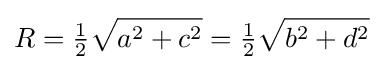
R={\tfrac {1}{2}}{\sqrt {a^{2}+c^{2}}}={\tfrac {1}{2}}{\sqrt {b^{2}+d^{2}}}